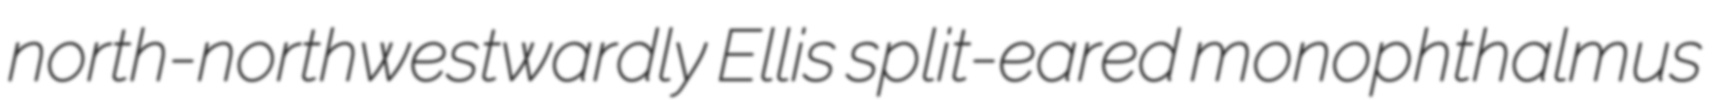
north-northwestwardly Ellis split-eared monophthalmus